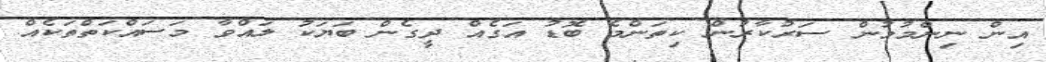
އިން ނިންމުމުން ސަރުކާރުން ކިތަންމެ ބޮޑު އަގެއް ދީގެން ބަޔަކު ލައްވާ މަސައްކަތްތަކެއް